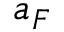
a _ { F }